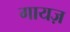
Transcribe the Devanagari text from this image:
गायज़